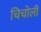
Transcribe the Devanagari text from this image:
चिचोली